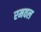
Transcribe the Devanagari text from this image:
रमवल